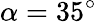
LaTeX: \alpha=35^{\circ}